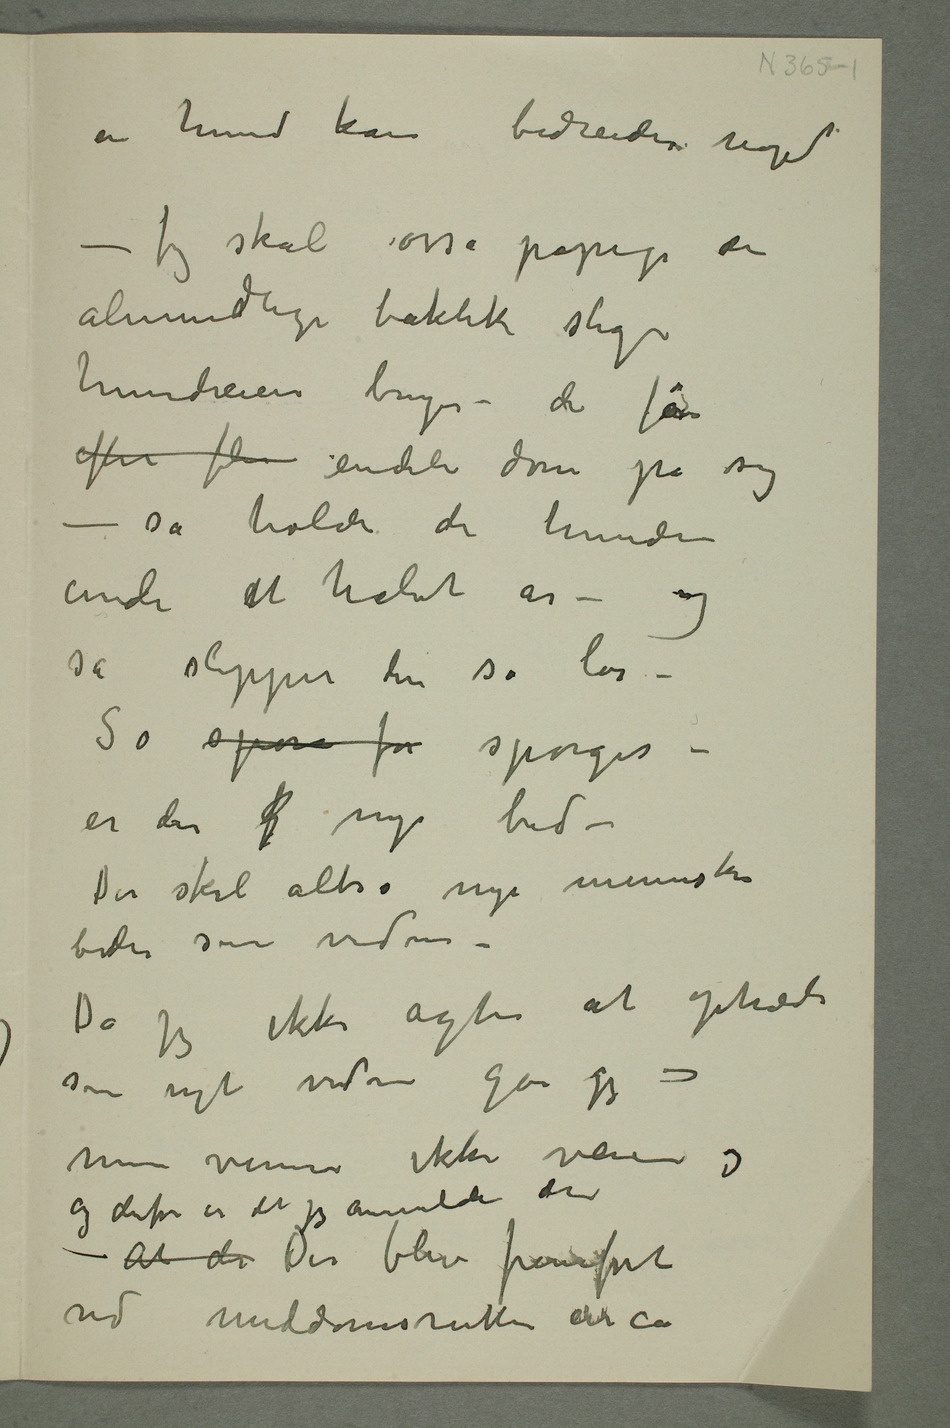
en hund kan bebreides noget
– Jeg skal osså påpege den
almindlige taktik slige
hundeeiere bruger – de får
efter fler endeli dom på sig
– så holder de hunden
inde et halvt år – og
så slipper den så løs
– Så spør for spørges –
er der f nye bid –
Der skal altså nye mennesker
bides som vidner
– Da jeg ikke agter at optræde
som nyt vidne går jeg og
mine venner ikke veien og
og derfor er det jeg anmelder den
– At der Der blev fremført
ved meddomsretten circa